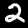
Digit: 2